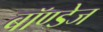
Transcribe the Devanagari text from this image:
बॉण्डेज